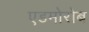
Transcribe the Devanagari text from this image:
एडमोरोब